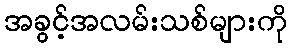
အခွင့်အလမ်းသစ်များကို